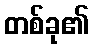
တစ်ခု၏